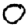
Digit: 0